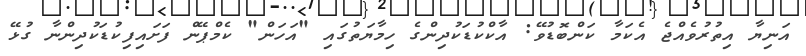
އަނިޔާ އިތުރުވެއްޖެ އެކަމާ ކަންބޮޑުވޭ: އާކްކުޑަކުދިންގެ ހިމާޔަތުގައި "އަހަން" ކެމްޕޭން ފަށައިފިކުޑަކުދިންނާ ގުޅޭ